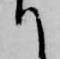
て